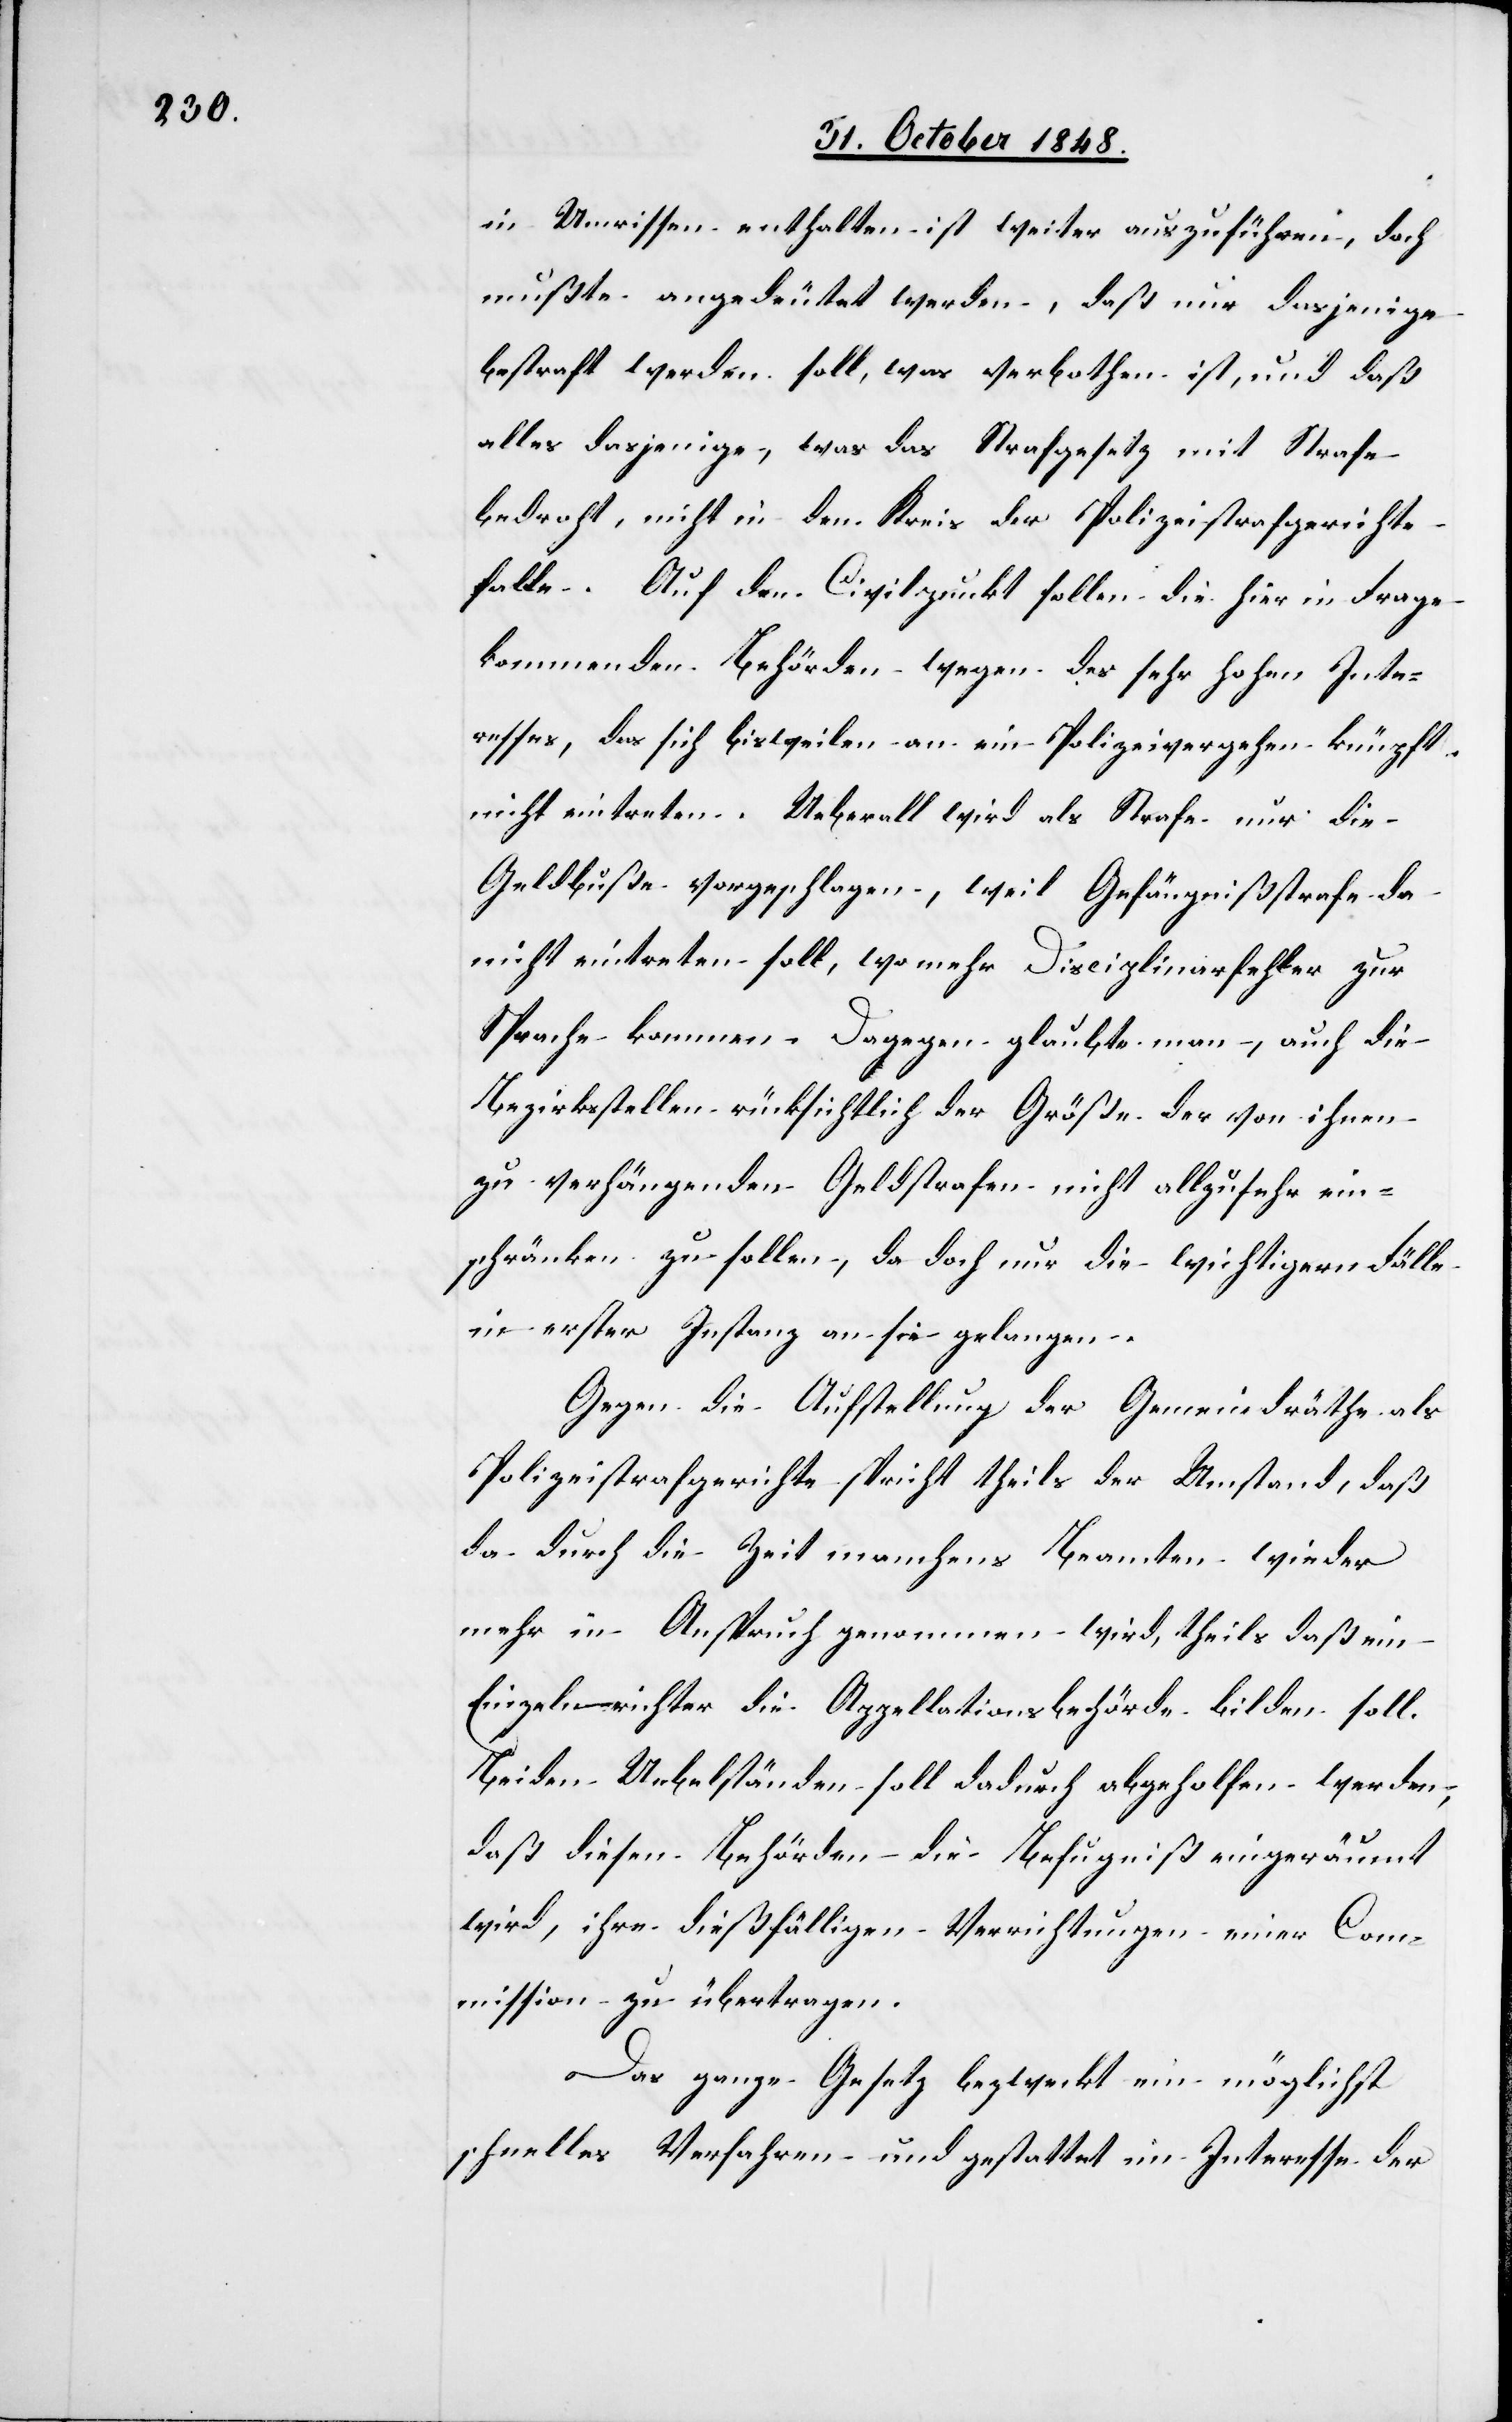
in Umrissen enthalten ist weiter auszuführen, doch
mußte angedeutet werden, daß nur dasjenige
bestraft werden soll, was verbothen ist, und daß
alles dasjenige, was das Strafgesetz mit Strafe
bedroht, nicht in den Kreis der Polizeistrafgerichte
falle. Auf den Civilpunkt sollen die hier in Frage
kommenden Behörden wegen des sehr hohen Inte¬
resses, das sich bisweilen an ein Polizeivergehen knüpft
nicht eintreten. Ueberall wird als Strafe nur die
Geldbuße vorgeschlagen, weil Gefängnißstrafe da
nicht eintreten soll, wo mehr Disciplinarfehler zur
Sprache kommen. Dagegen glaubte man, auch die
Bezirksstellen rücksichtlich der Größe der von ihnen
zu verhängenden Geldstrafen nicht allzusehr ein¬
schränken zu sollen, da doch nur die wichtigern Fälle
in erster Instanz an sie gelangen.
Gegen die Aufstellung der Gemeindräthe als
Polizeistrafgerichte spricht theils der Umstand, daß
da durch die Zeit manchens Beamten wieder
mehr in Anspruch genommen wird, theils daß ein
Einzelnrichter die Appellationsbehörde bilden soll.
Beiden Uebelständen soll dadurch abgeholfen werden,
daß diesen Behörden die Befugniß eingeräumt
wird, ihre dießfälligen Verrichtungen einer Com¬
mission zu übertragen.
Das ganze Gesetz bezweckt ein möglichst
schnelles Verfahren und gestattet im Interesse der